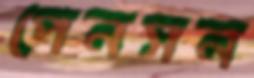
পেনসন